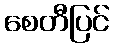
စေတီပြင်